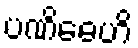
ပဏိဓေဟိ